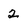
Character: 2